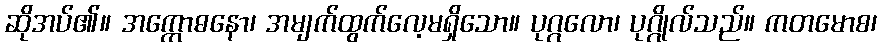
ဆိုအပ်၏။ အက္ကောဓနော၊ အမျက်ထွက်လေ့မရှိသော။ ပုဂ္ဂလော၊ ပုဂ္ဂိုလ်သည်။ ကတမောစ၊